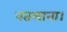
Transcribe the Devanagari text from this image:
बतलाना।